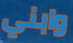
وابني